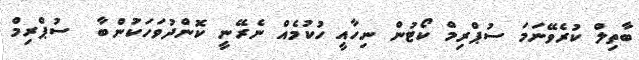
ބާތިލް ކުރެވޭނަމަ ސުޕްރިމް ކޯޓުން ނިހާއީ ހުކުމެއް ނެރޭނީ ކޮންދުވަހަކަުންބާ  ސުޕްރިމް